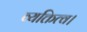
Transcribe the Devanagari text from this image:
व्यक्तित्व।